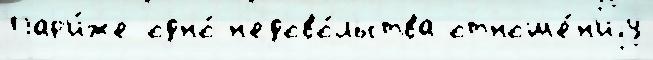
Пар'и́же одно́ н'едово́льства отноше́н'иjу